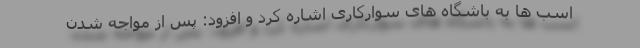
اسب ها به باشگاه های سوارکاری اشاره کرد و افزود: پس از مواجه شدن